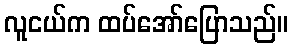
လူငယ်က ထပ်အော်ပြောသည်။